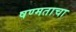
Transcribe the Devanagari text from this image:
षण्मताचा